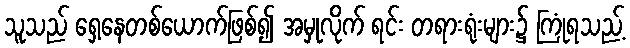
သူသည် ရှေ့နေတစ်ယောက်ဖြစ်၍ အမှုလိုက် ရင်း တရားရုံးများ၌ ကြုံရသည့်